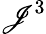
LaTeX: \mathscr{J}^{3}